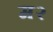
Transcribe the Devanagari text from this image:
म२